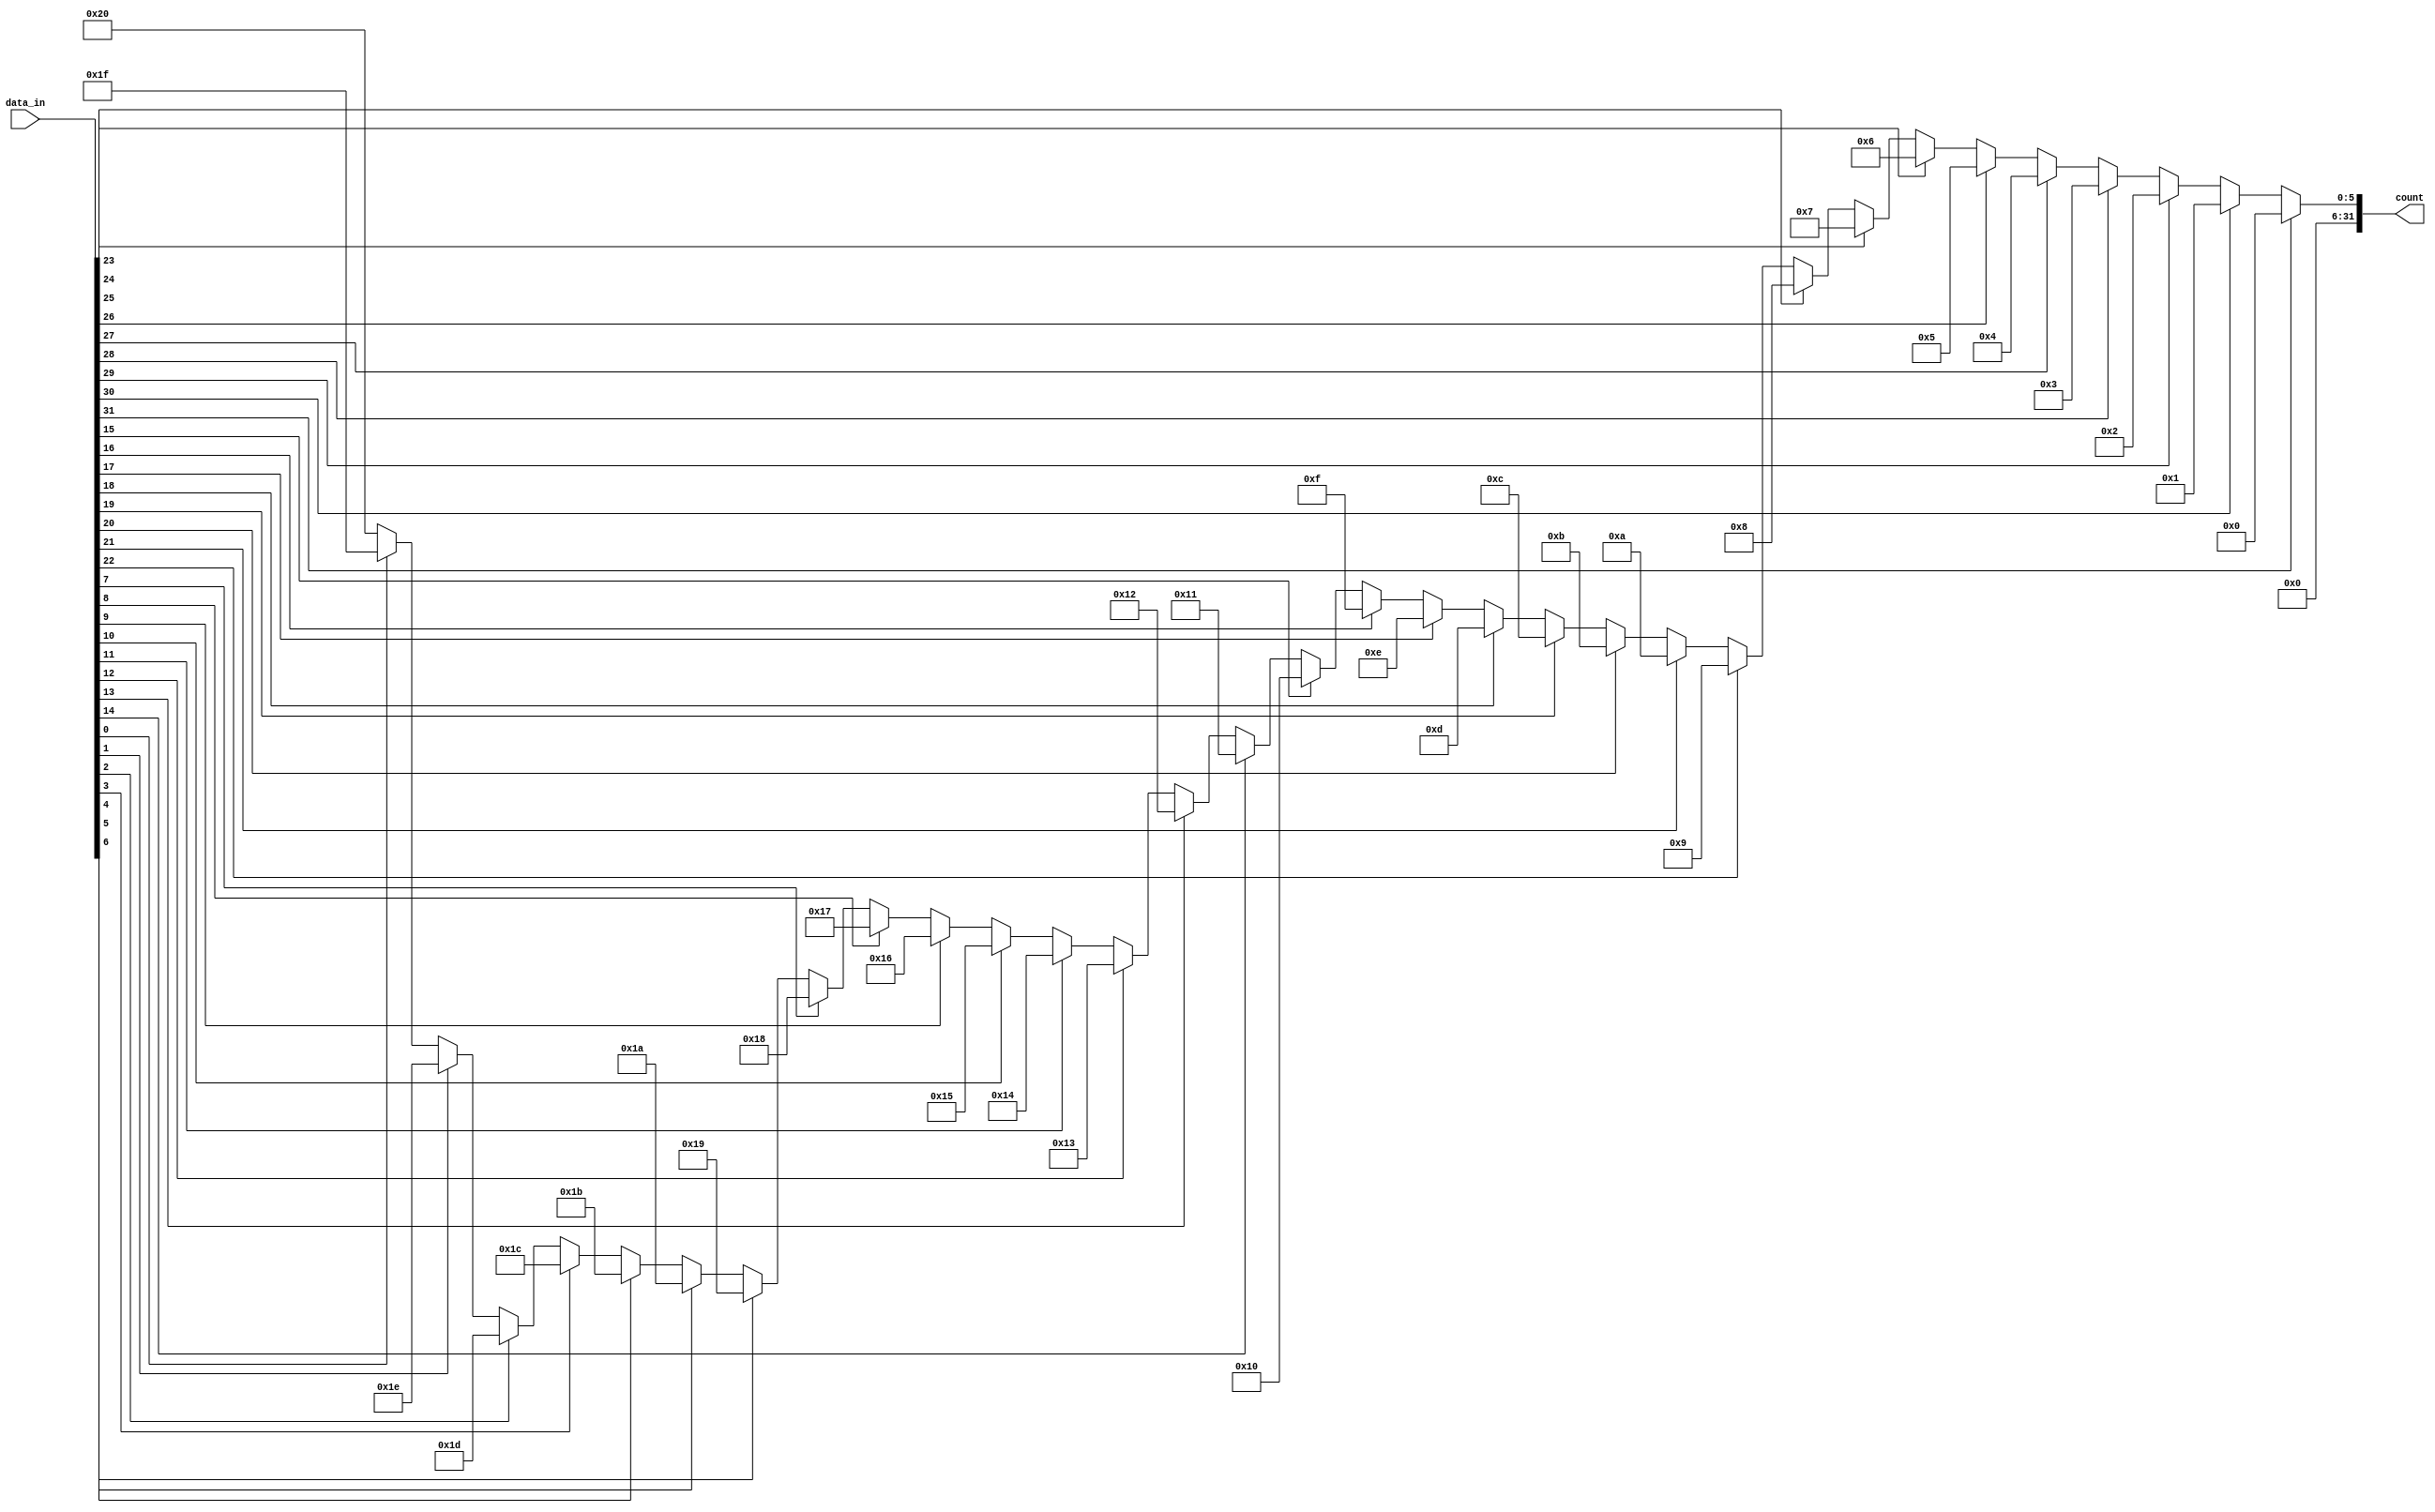
`timescale 1ns / 1ps
//////////////////////////////////////////////////////////////////////////////////
// Company: 
// Engineer: 
// 
// Design Name: 
// Module Name: CLZ
// Project Name: 
// Target Devices: 
// Tool Versions: 
// Description: 
// 
// Dependencies: 
// 
// Revision:
// Revision 0.01 - File Created
// Additional Comments:
// 
//////////////////////////////////////////////////////////////////////////////////


module CLZ(data_in,count);      
       input [31:0]data_in;
       output [31:0]count;
       assign count=(data_in[31]==1)?0:(data_in[30]==1)?1:(data_in[29]==1)?2:(data_in[28]==1)?3:(data_in[27]==1)?4:(data_in[26]==1)?5:(data_in[25]==1)?6:(data_in[24]==1)?7:(data_in[23]==1)
       ?8:(data_in[22]==1)?9:(data_in[21]==1)?10:(data_in[20]==1)?11:(data_in[19]==1)?12:(data_in[18]==1)?13:(data_in[17]==1)?14:(data_in[16]==1)?15:(data_in[15]==1)
       ?16:(data_in[14]==1)?17:(data_in[13]==1)?18:(data_in[12]==1)?19:(data_in[11]==1)?20:(data_in[10]==1)?21:(data_in[9]==1)?22:(data_in[8]==1)?23:(data_in[7]==1)
       ?24:(data_in[6]==1)?25:(data_in[5]==1)?26:(data_in[4]==1)?27:(data_in[3]==1)?28:(data_in[2]==1)?29:(data_in[1]==1)?30:(data_in[0]==1)?31:32;
endmodule